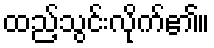
ထည့်သွင်းလိုက်၏။